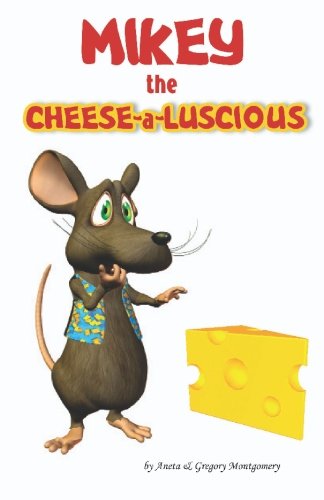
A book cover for MIKEY the CHEESE-A-LUSCIOUS; Aneta Montgomery; Science Fiction & Fantasy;